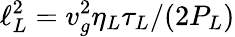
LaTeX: \ell_{L}^{2}=v_{g}^{2}\eta_{L}\tau_{L}/(2P_{L})